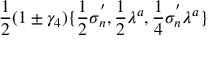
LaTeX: \frac { 1 } { 2 } ( 1 \pm \gamma _ { 4 } ) \{ \frac { 1 } { 2 } \sigma _ { n } ^ { ' } , \frac { 1 } { 2 } \lambda ^ { a } , \frac { 1 } { 4 } \sigma _ { n } ^ { ' } \lambda ^ { a } \}